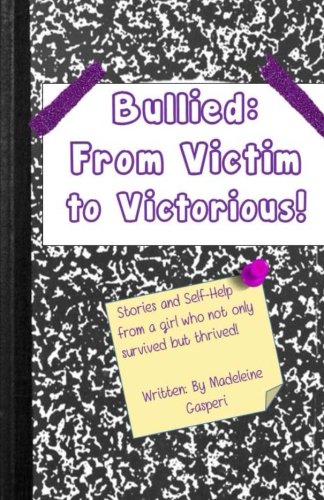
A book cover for Bullied: From Victim to Victorious; Madeleine Gasperi; Teen & Young Adult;